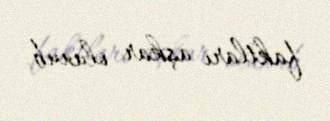
faktları aşkar olunub.